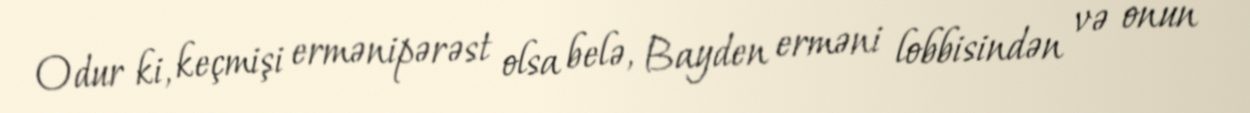
Odur ki, keçmişi ermənipərəst olsa belə, Bayden erməni lobbisindən və onun